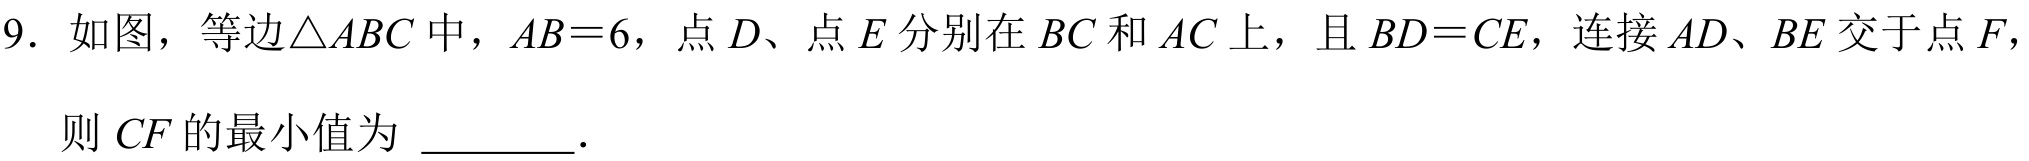
9. 如图，等边\(\triangle ABC\)中，\(AB = 6\)，点\(D\)、点\(E\)分别在 \(BC\)和 \(AC\)上，且 \(BD = CE\)，连接 \(AD、BE\)交于点 \(F\)，
则 \(CF\)的最小值为 \_\_\_\_\_ .